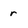
Character: r